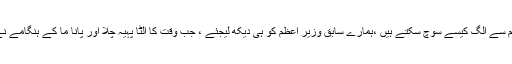
یہ شکوہ ہم میں بحیثیت قوم بدرجہ اتم موجو د ہے تو ہمارے حکمران ہم سے الگ کیسے سوچ سکتے ہیں ،ہمارے سابق وزیر اعظم کو ہی دیکھ لیجئے ، جب وقت کا الٹا پہیہ چلا اور پانا ما کے ہنگامے نے عدالت کے ذریعے انہیں باہر کر دیا تو کہتے پھر رہے ہیں ، لوگو !